Jaan_Tonisson_(Lasteleht), lk 549
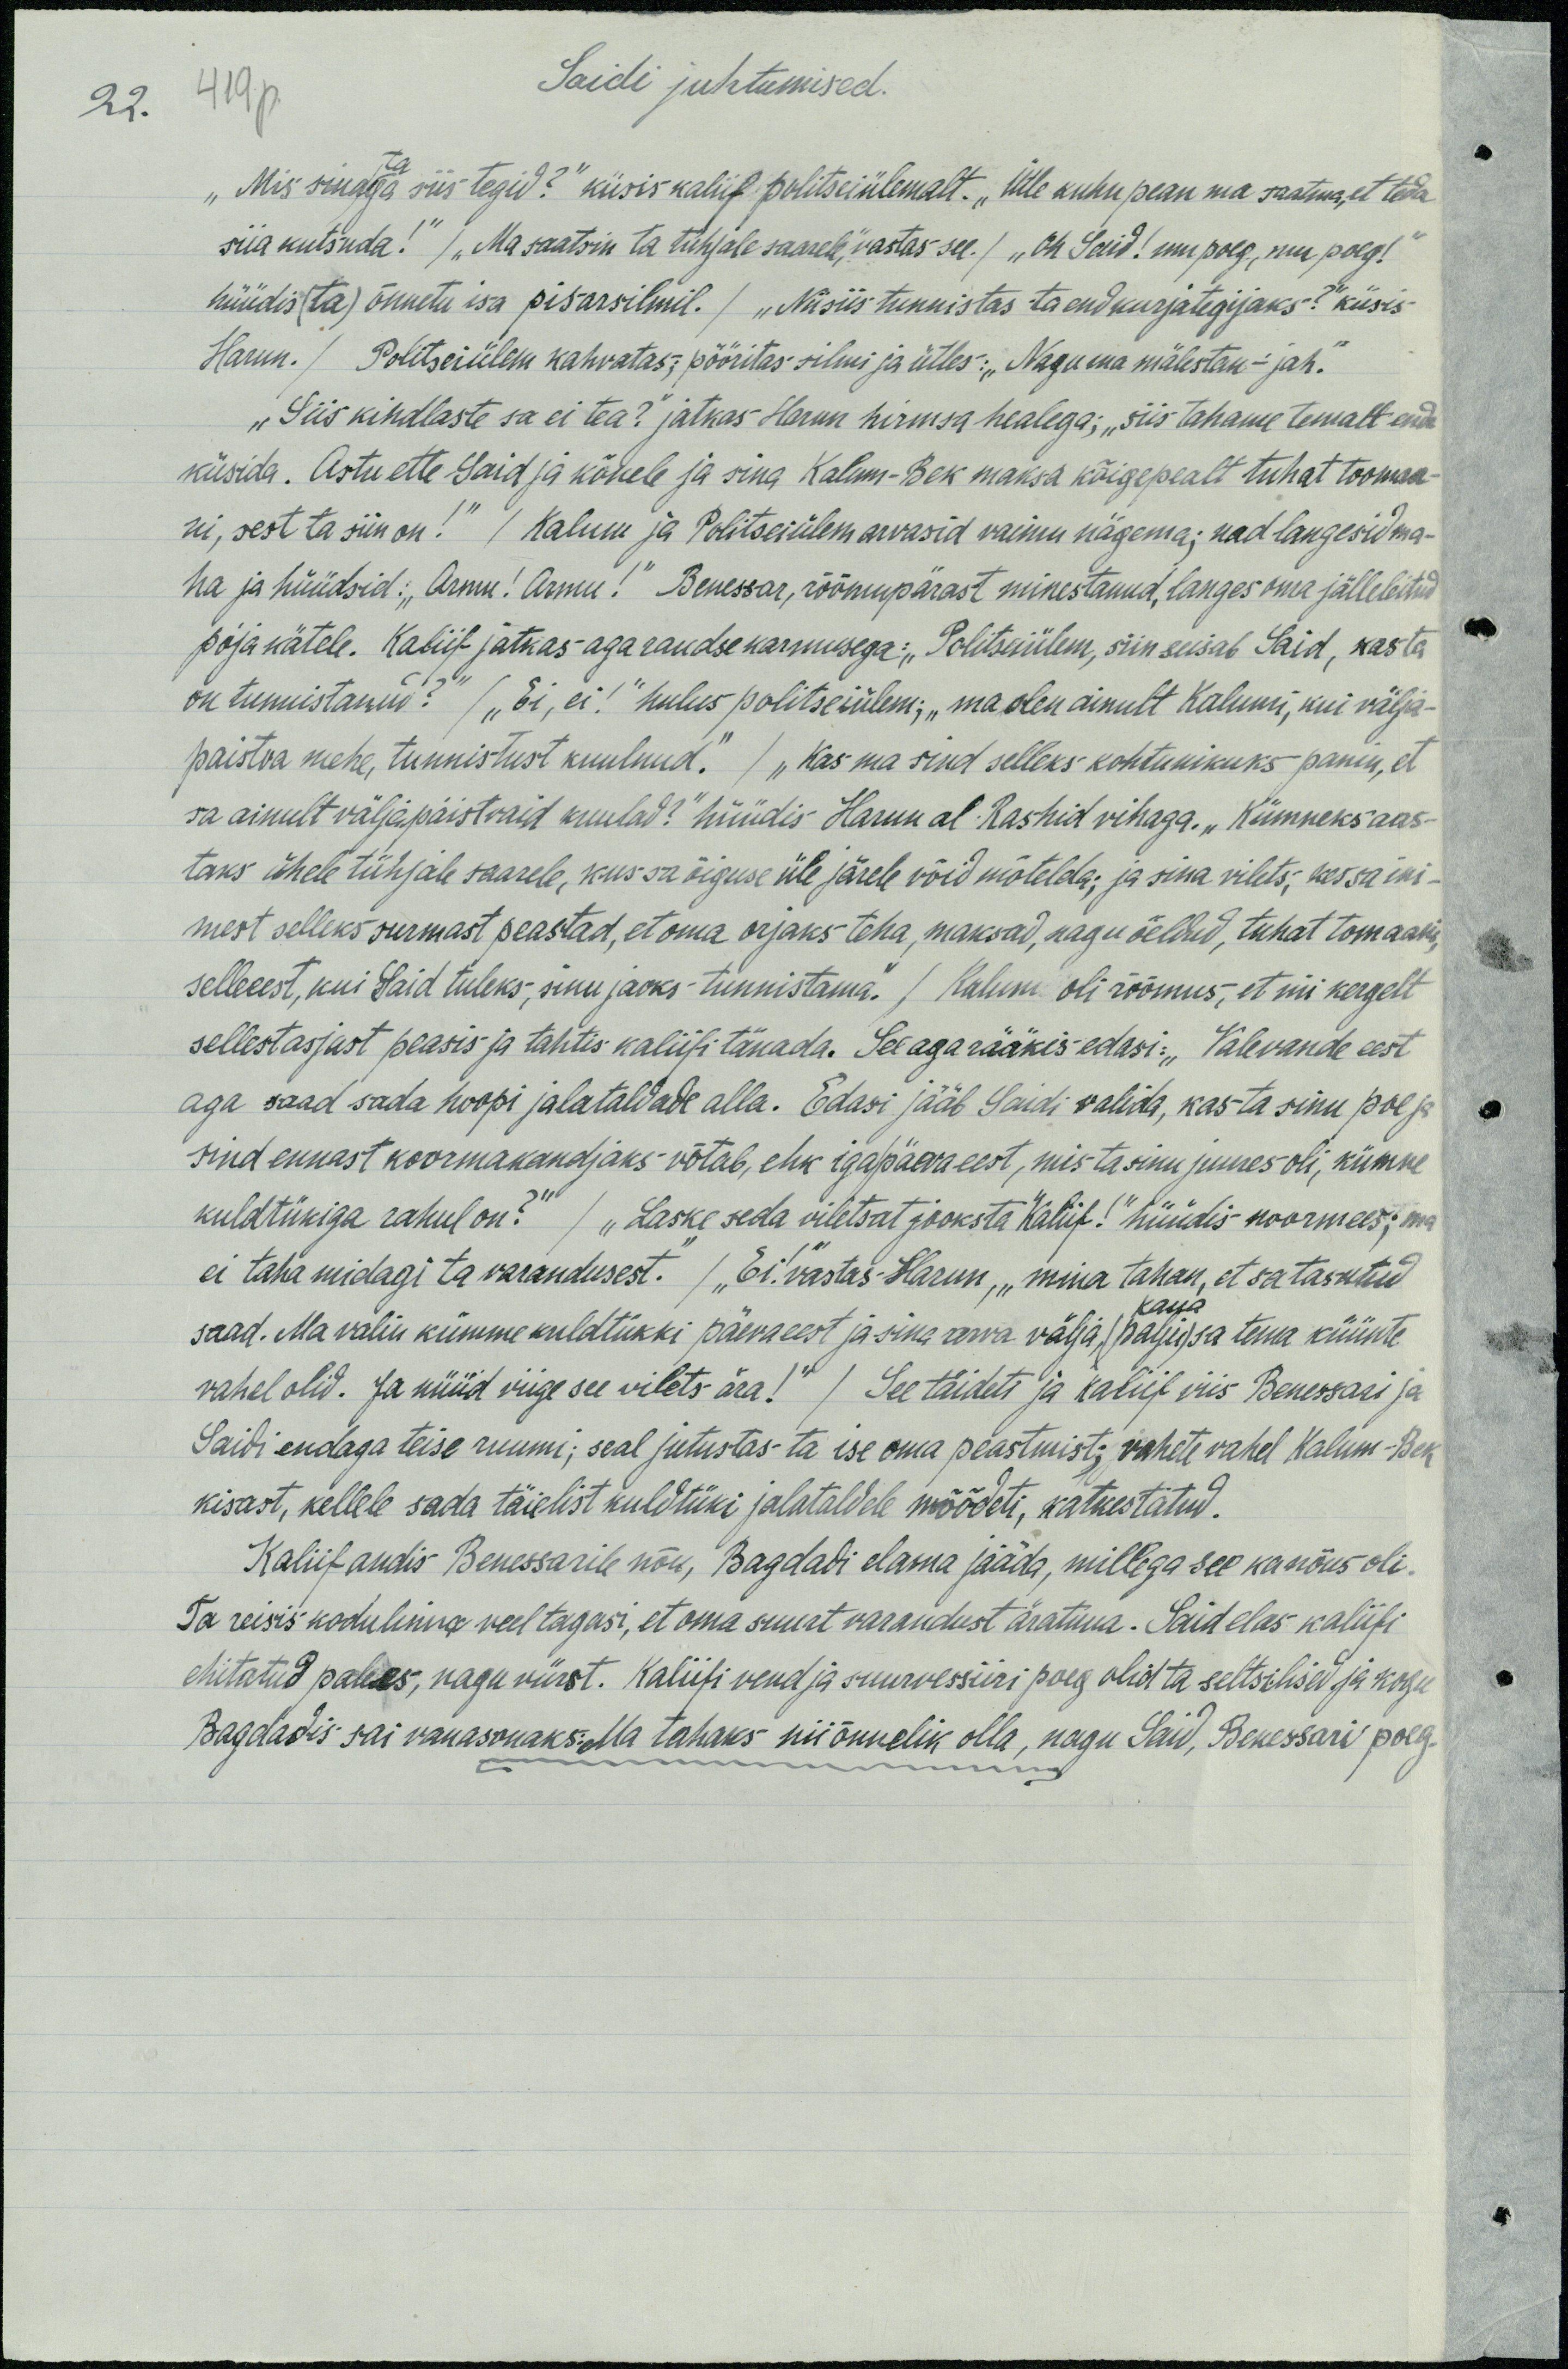
22.  419p
Saidi juhtumised.
ta
"Mis sina siis tegid?" küsis kaliif politseülemalt. „Ütle kuhu pean ma saatma, et teda
siia kutsuda!" / "Ma saatsin ta tühjale saarele," vastas see/ „Oh Said! mu poeg, mu poeg!"
hüüdis (ta) õnnetu isa pisarsilmil. / "Niisiis tunnistas ta end kurjategijaks?“ küsis-
Harun. / Politseülem kahvatas, pööritas silmi ja ütles: "Nagu ma mälestan-jah."
„Siis kindlaste sa ei tea?“ jatkas Harun hirmsa healega, „siis tahame temalt enda
küsida. Astu ette Said ja kõnele ja sina Kalum-Bek maksa kõigepealt tuhat toomaa-
ni, sest ta siin on!" / Kalum ja Politseiülem arvasid vaimu nägema; nad langesid ma-
ha ja hüüdsid: "Armu! Armu!" Benessar, rõõmupärast minestanud, langes oma jälleleitud
poja kätele. Kaliif jätkas aga raudse karmusega: "Politseiülem, siin seisab Said, kas ta
on tunnistanud?" / "Ei, ei!" hulus politseiülem; „ma olen ainult Kalumi, kui välja-
paistva mehe, tunnistust kuulnud." / "Kas ma sind selleks kohtunikuks panin, et
sa ainult väljapaistvaid kuulad?" hüüdis Harun al Rashid vihaga. „Kümneks aas-
taks ühele tühjale saarele, kus sa õiguse üle järele võid mõtleda, ja sina vilets, kes sa ini-
mest selleks surmast peastad, et oma orjaks teha, maksad, nagu öeldud, tuhat tomaani,
selleeest, kui Said tuleks, sinu jaoks tunnistama." / Kalum oli rõõmus, et nii kergelt
sellestasjast peasis ja tahtis kaliifi tänada. See aga rääkis edasi: „Valevande eest
aga saad sada hoopi jalataldade alla. Edasi jääb Saidi valida, kas ta sinu poe ja
sind ennast koormakandjaks võtab, ehk igapäeva eest, mis ta sinu juures oli, kümne
kuldtükiga rahul on?" / "Laske seda viletsat jooksta kaliif!" hüüdis noormees; ma
ei taha midagi ta varandusest. / "Ei!", vastas Harun, „mina tahan, et sa tasutud
saad. Ma valin kümme kuldtükki päeva eest ja sina arva välja (palju) sa tema küünte
kaua
vahel olid. Ja nüüd viige see vilets ära!" / See täideti ja kaliif viis Benessari ja
Saidi endaga teise ruumi; seal jutustas ta ise oma peastmist; vahete vahel Kalum-Bek
kisast, kellele sada täielist kuldtüki jalataldele mõõdeti, katkestatud.
Kaliif andis Brenessarile nõu, Bagdadi elama jääda, millega see ka nõus oli.
Ta reisis kodulinna veel tagasi, et oma suurt varandust äratuua. Said elas kaliifi
ehitatud palees, nagu vürst. Kaliifi vend ja suurvessiiri poeg olid ta seltsilised ja kogu
Bagdadis sai vanasonaks. Ma tahaks nii õnnelik olla, nagu Said, Benessari poeg.